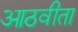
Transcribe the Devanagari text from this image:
आठवीता